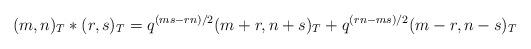
LaTeX: \begin{align*}(m,n)_T*(r,s)_T = q^{(m s-r n)/2} (m+r,n+s)_T+ q^{(r n-m s)/2} (m-r,n-s)_T \end{align*}